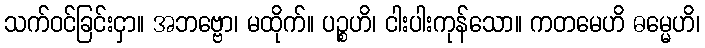
သက်ဝင်ခြင်းငှာ။ အဘဗ္ဗော၊ မထိုက်။ ပဉ္စဟိ၊ ငါးပါးကုန်သော။ ကတမေဟိ ဓမ္မေဟိ၊